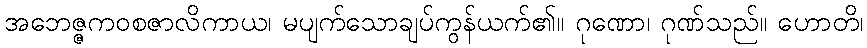
အဘေဇ္ဇကဝစဇာလိကာယ၊ မပျက်သောချပ်ကွန်ယက်၏။ ဂုဏော၊ ဂုဏ်သည်။ ဟောတိ၊